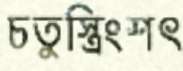
চতুস্ত্রিংশৎ